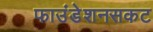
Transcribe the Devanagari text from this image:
फाउंडेशनसकट